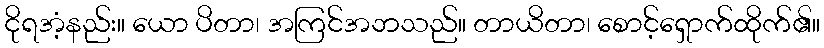
ငိုရအံ့နည်း။ ယော ပိတာ၊ အကြင်အဘသည်။ တာယိတာ၊ စောင့်ရှောက်ထိုက်၏။